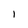
Character: 1